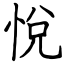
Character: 悅